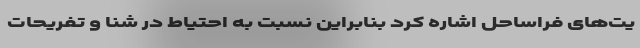
یت‌های فراساحل اشاره کرد بنابراین نسبت به احتیاط در شنا و تفریحات